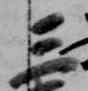
三